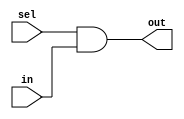
// This program was cloned from: https://github.com/siliconcompiler/lambdalib
// License: MIT License

//#############################################################################
//# Function: N-Input one hot mux                                             #
//# Copyright: Lambda Project Authors. All rights Reserved.                   #
//# License:  MIT (see LICENSE file in Lambda repository)                     #
//#############################################################################

module la_vmux #(
    parameter N    = 1,         // number of ports
    parameter W    = 1,         // data width
    parameter PROP = "DEFAULT"  // cell property
) (
    input      [  N-1:0] sel,  // select vector
    input      [W*N-1:0] in,   // concatenated input {..,in1[W-1:0],in0[W-1:0]}
    output reg [  W-1:0] out   // output
);

    integer i;
    always @* begin
        out[W-1:0] = 'b0;
        for (i = 0; i < N; i = i + 1) out[W-1:0] = out[W-1:0] | {(W) {sel[i]}} & in[i*W+:W];
    end

    // TODO: Add One hot warning
    // Add generate code to map to actual la_mux sizes..

endmodule